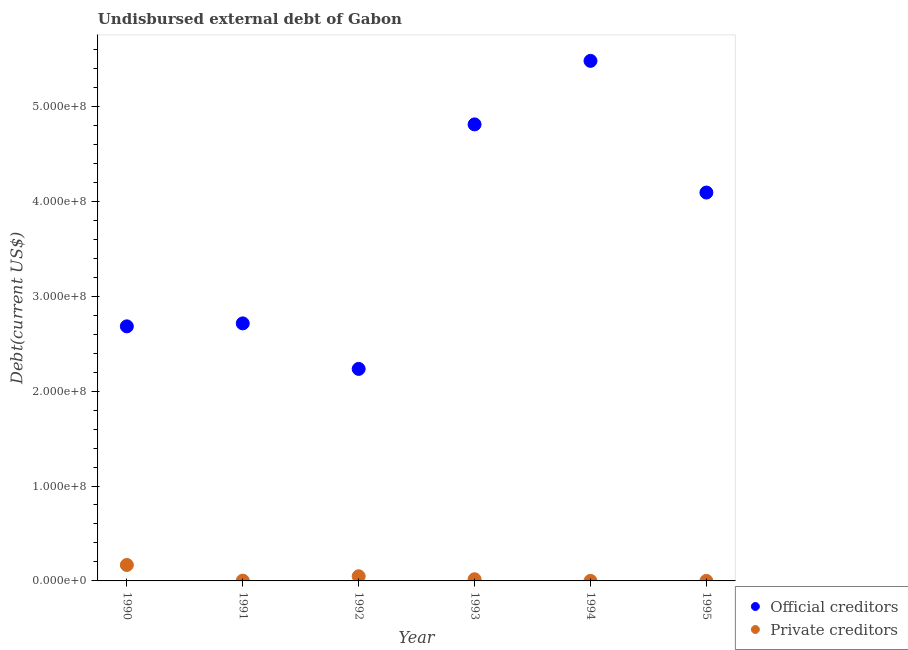
| Year | Official creditors | Private creditors |
 | --- | --- | --- |
 | 1990 | 2.68e+08 | 1.68e+07 |
 | 1991 | 2.71e+08 | 3.04e+05 |
 | 1992 | 2.23e+08 | 4.9e+06 |
 | 1993 | 4.81e+08 | 1.76e+06 |
 | 1994 | 5.48e+08 | 1e+04 |
 | 1995 | 4.09e+08 | 1e+04 |